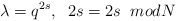
\begin{align*}\lambda = q^{2s} , \; \; 2s = 2s \;\; mod N\end{align*}